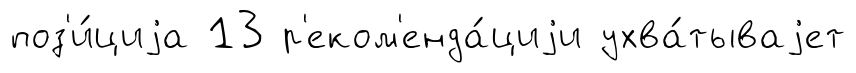
поз'и́циjа 13 р'еком'енда́циjи ухва́тываjет